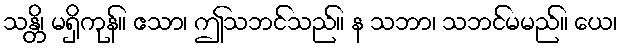
သန္တိ၊ မရှိကုန်။ ဧသာ၊ ဤသဘင်သည်။ န သဘာ၊ သဘင်မမည်။ ယေ၊